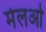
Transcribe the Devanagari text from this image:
मेलओ